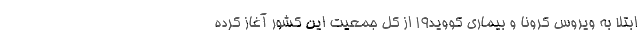
ابتلا به ویروس کرونا و بیماری کووید۱۹ از کل جمعیت این کشور آغاز کرده